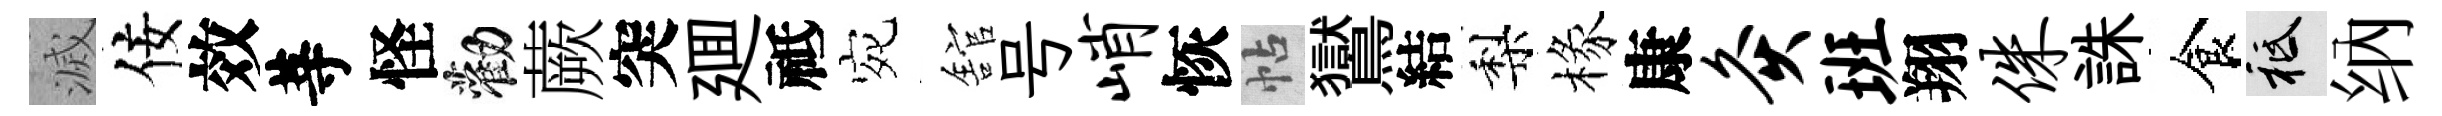
滅佞效䓁怪勸蕨突廽祗宛舘号峭恢帖鸑結梨椽康灸班翔侏誅食祇纳